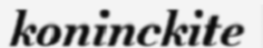
koninckite